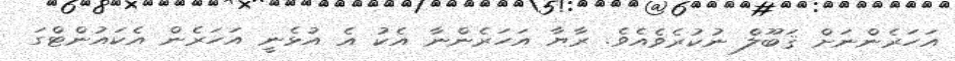
އަހަރެންނަށް ޤަބޫލެް ނުކުރެވެއެވެ. ރާޔާ އަހަރެންނާ އެކު އެ އުޅެނީ އަހަރެން އެކައުންޓްގަ